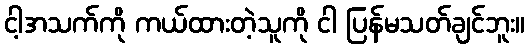
ငါ့အသက်ကို ကယ်ထားတဲ့သူကို ငါ ပြန်မသတ်ချင်ဘူး။